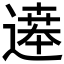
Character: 𬩂